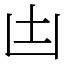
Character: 凷